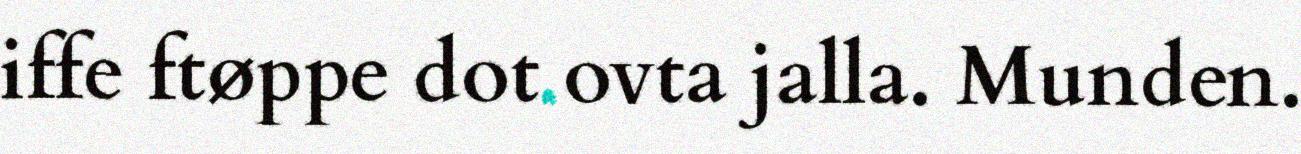
iffe ftøppe dot ovta jalla. Munden.